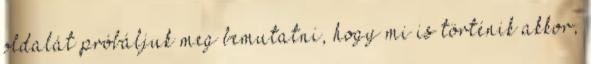
oldalát próbáljuk meg bemutatni, hogy mi is történik akkor,